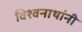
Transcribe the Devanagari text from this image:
विश्वनाथांनी